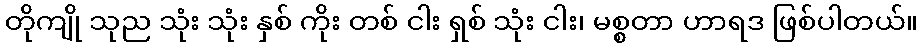
တိုကျို သုည သုံး သုံး နှစ် ကိုး တစ် ငါး ရှစ် သုံး ငါး၊ မစ္စတာ ဟာရဒ ဖြစ်ပါတယ်။